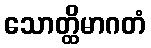
သောတ္ထိမာဂတံ